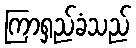
ကြာရှည်ခံသည်